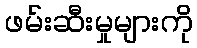
ဖမ်းဆီးမှုများကို